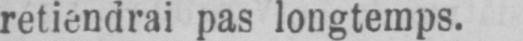
retiendrai pas longtemps.